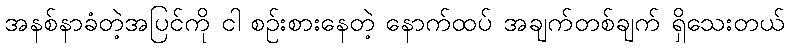
အနစ်နာခံတဲ့အပြင်ကို ငါ စဉ်းစားနေတဲ့ နောက်ထပ် အချက်တစ်ချက် ရှိသေးတယ်